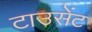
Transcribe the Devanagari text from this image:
टाउसेंट